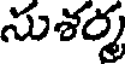
సుశర్మ